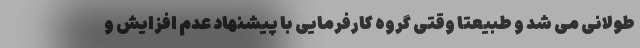
طولانی می شد و طبیعتا وقتی گروه کارفرمایی با پیشنهاد عدم افزایش و